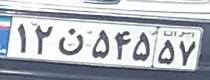
۱۲ن۵۴۵۵۷